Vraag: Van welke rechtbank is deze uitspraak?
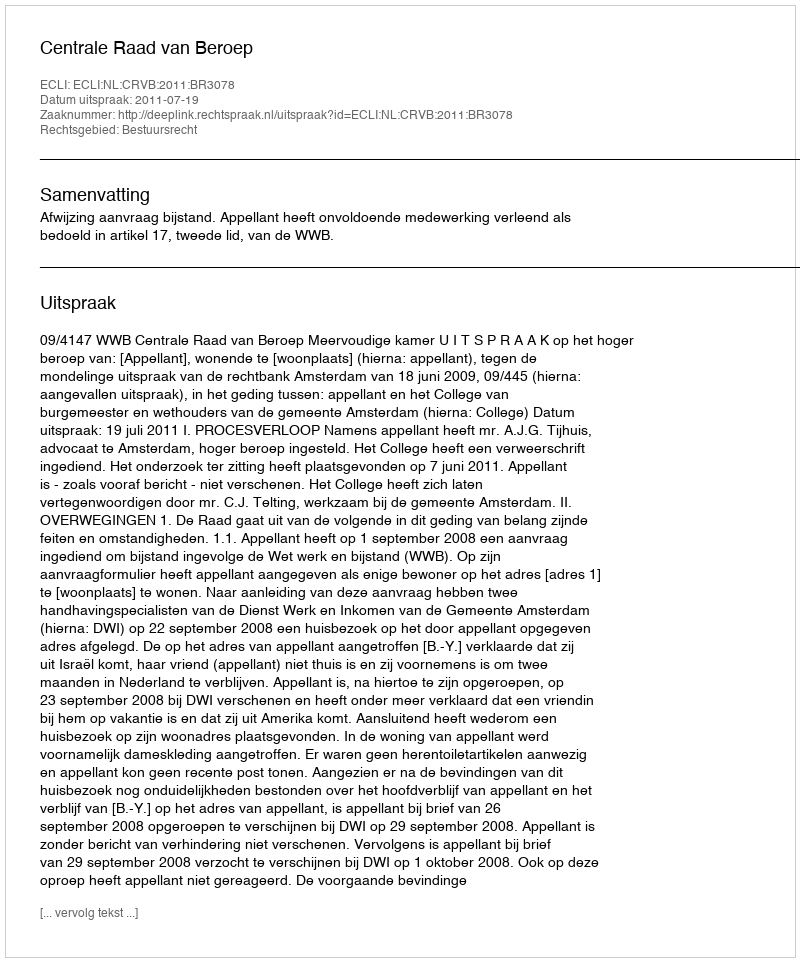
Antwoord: Centrale Raad van Beroep